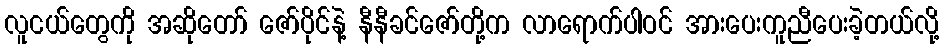
လူငယ်တွေကို အဆိုတော် ဇော်ပိုင်နဲ့ နီနီခင်ဇော်တို့က လာရောက်ပါဝင် အားပေးကူညီပေးခဲ့တယ်လို့